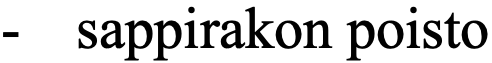
-  sappirakon poisto